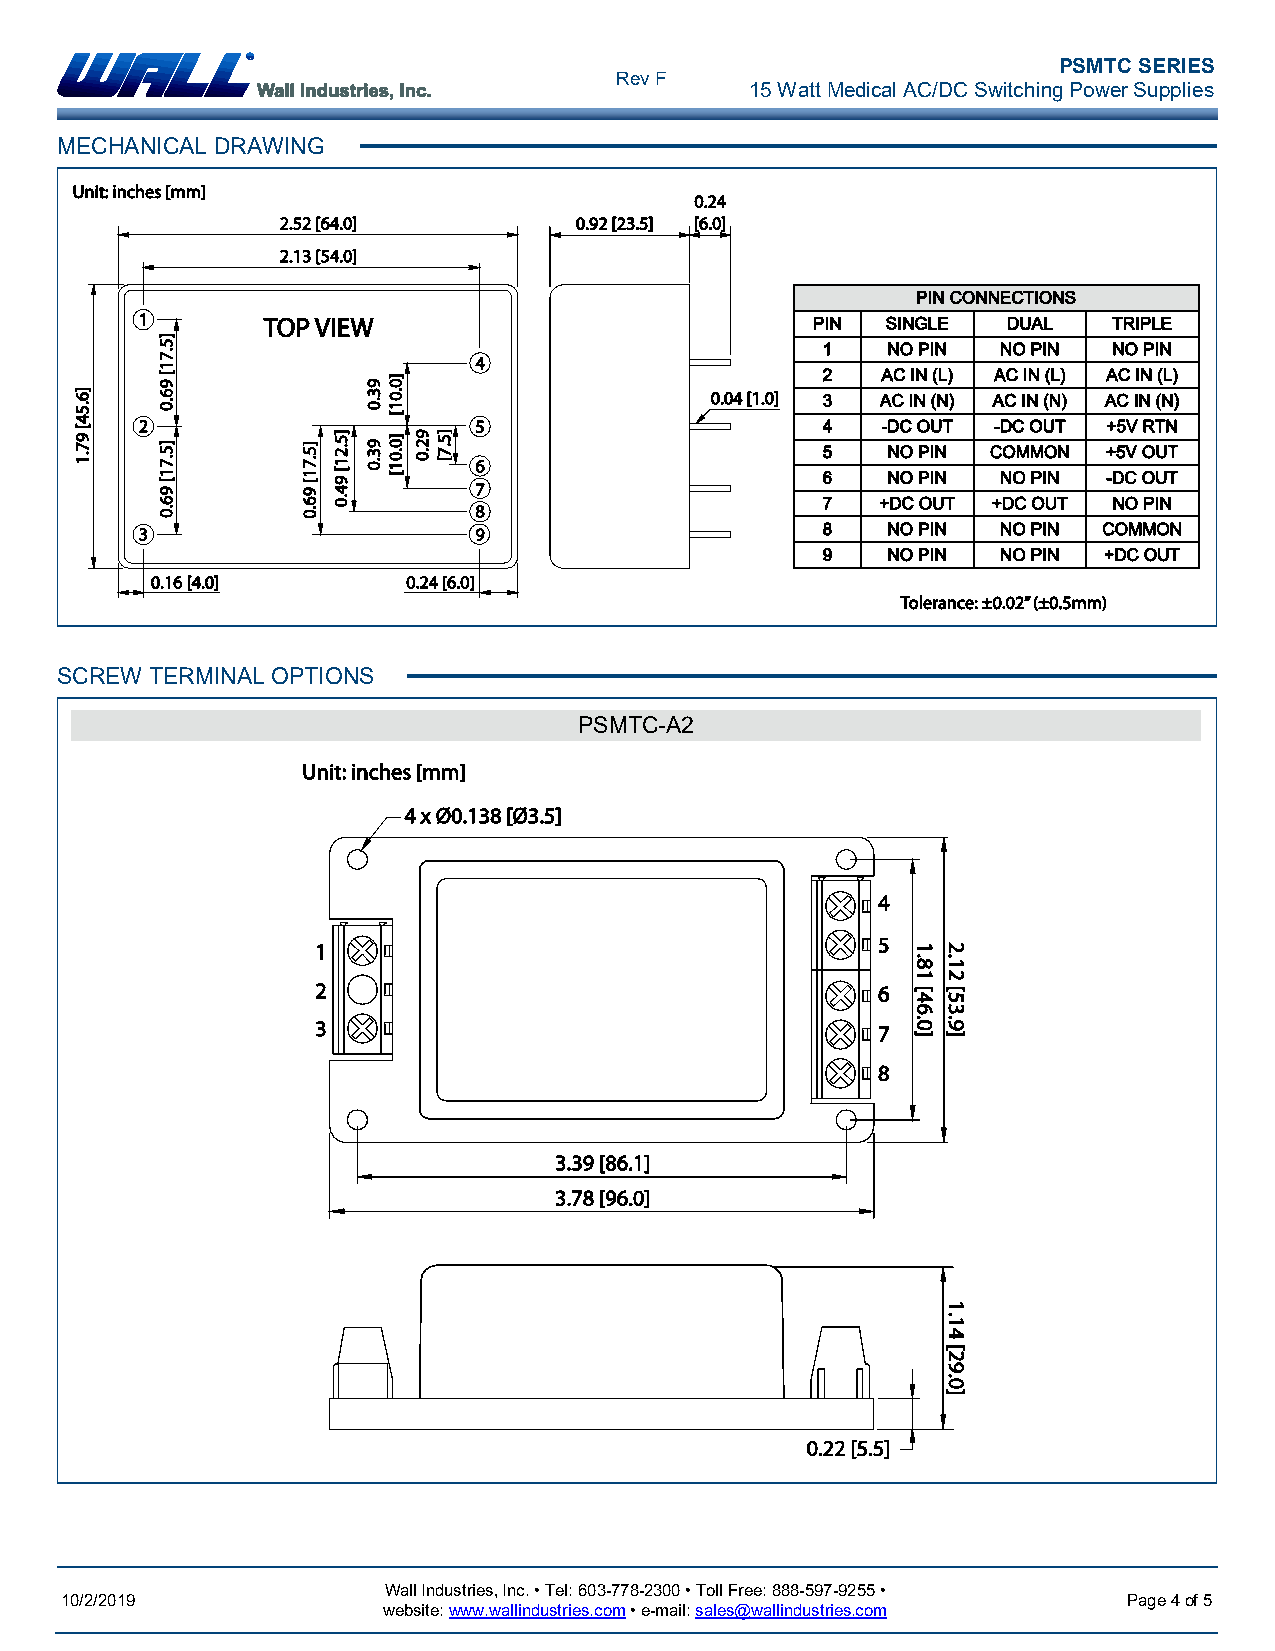
PSMTC SERIES
 Rev F
 15 Watt Medical AC/DC Switching Power Supplies
 MECHANICAL DRAWING
 SCREW TERMINAL OPTIONS
 PSMTC-A2
 Wall Industries, Inc. • Tel: 603-778-2300 • Toll Free: 888-597-9255 •
 10/2/2019                                                              Page 4 of 5
 website: www.wallindustries.com • e-mail: sales@wallindustries.com